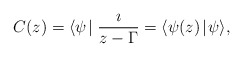
\begin{align*}C(z)=\langle\psi\!\mid\frac{\imath}{z-\Gamma}=\langle\psi(z)\!\mid\!\psi\rangle,\end{align*}